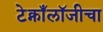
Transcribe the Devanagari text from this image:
टेक्नाँलॉजीचा